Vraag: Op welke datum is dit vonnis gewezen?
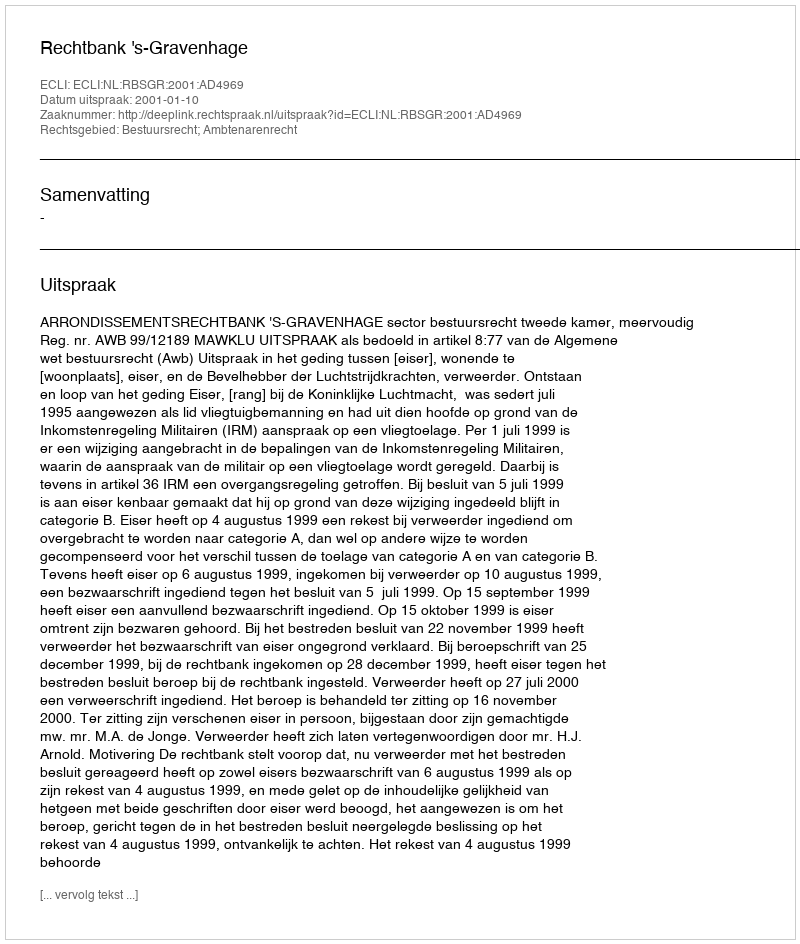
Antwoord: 2001-01-10